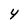
Character: 4